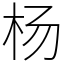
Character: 杨